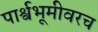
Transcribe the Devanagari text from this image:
पार्श्वभूमीवरच